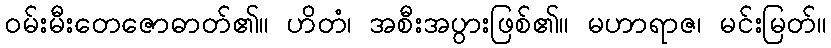
ဝမ်းမီးတေဇောဓာတ်၏။ ဟိတံ၊ အစီးအပွားဖြစ်၏။ မဟာရာဇ၊ မင်းမြတ်။